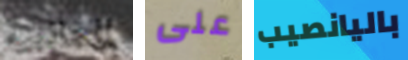
الجاذبيه على باليانصيب